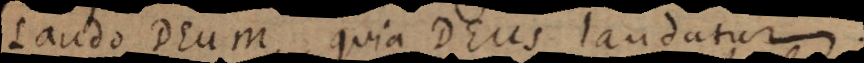
laudo Deum, quia Deus laudatur.